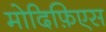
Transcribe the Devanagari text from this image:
मोदिफ़िएस